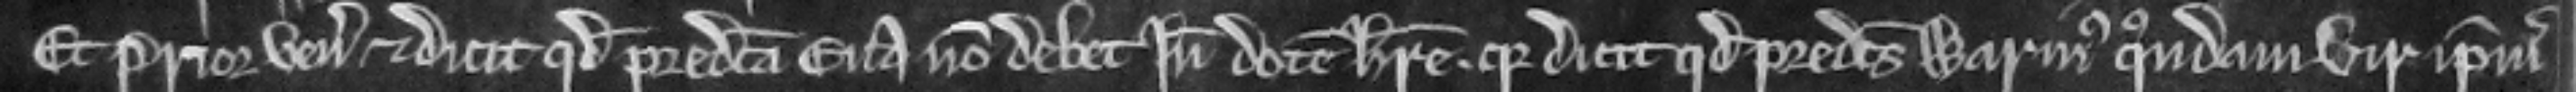
Et Prior venit et dicit quod predicta Eva non debet inde dotem habere quia dicit quod predictus Warinus quondam vir ipsius